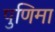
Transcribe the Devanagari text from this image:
पुणिमा